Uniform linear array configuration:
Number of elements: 16
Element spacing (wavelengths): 0.75
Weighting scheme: uniform
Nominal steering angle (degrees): -15
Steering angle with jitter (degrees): -13.626
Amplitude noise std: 0.05
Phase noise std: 0.05

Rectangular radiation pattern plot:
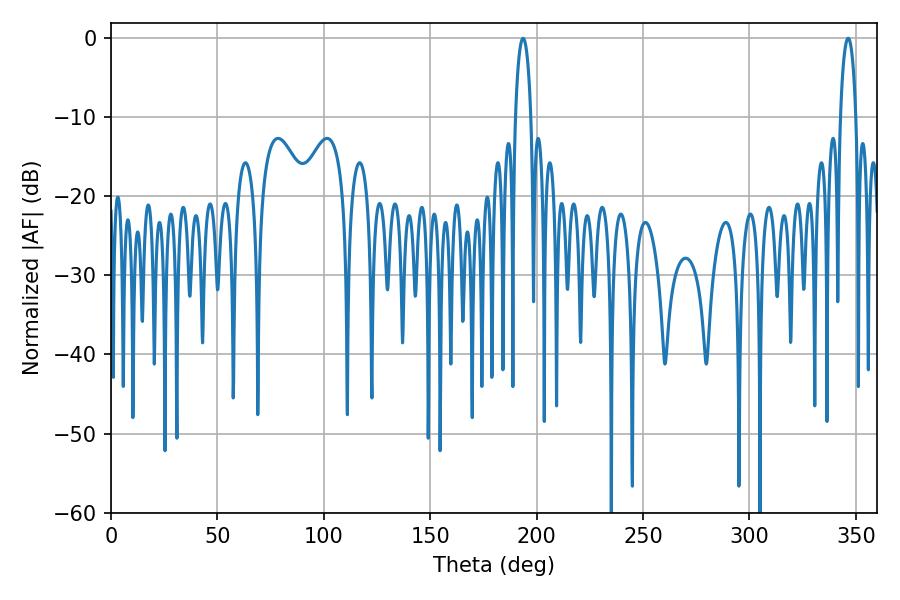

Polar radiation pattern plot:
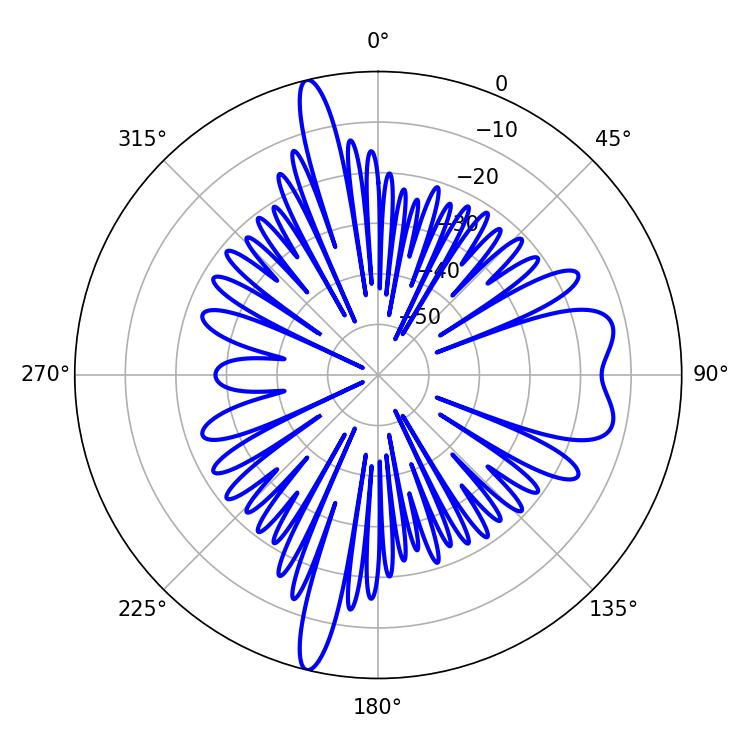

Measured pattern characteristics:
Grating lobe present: TRUE
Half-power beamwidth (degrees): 4.14
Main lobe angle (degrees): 346.32